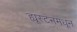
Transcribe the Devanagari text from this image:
ह्यूस्टनमधून